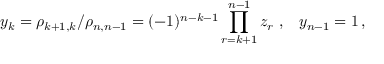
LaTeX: y _ { k } = \rho _ { k + 1 , k } / \rho _ { n , n - 1 } = ( - 1 ) ^ { n - k - 1 } \prod _ { r = k + 1 } ^ { n - 1 } z _ { r } \, \, , \, \, \, \, \, y _ { n - 1 } = 1 \, , \, \,